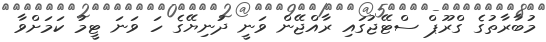
މުބާރާތުގެ ގްރޫޕް ސްޓޭޖުގައި ރާއްޖޭން ވަނީ ދުނިޔޭގެ ހަ ވަނަ ޓީމު ކަމަށްވާ